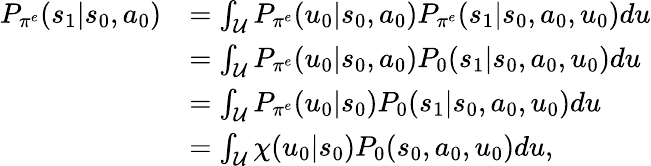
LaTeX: \begin{array}{rl}{P_{\pi^{e}}(s_{1}|s_{0},a_{0})}&{=\int_{\mathcal{U}}P_{\pi^{e}}(u_{0}|s_{0},a_{0})P_{\pi^{e}}(s_{1}|s_{0},a_{0},u_{0})du}\\ &{=\int_{\mathcal{U}}P_{\pi^{e}}(u_{0}|s_{0},a_{0})P_{0}(s_{1}|s_{0},a_{0},u_{0})du}\\ &{=\int_{\mathcal{U}}P_{\pi^{e}}(u_{0}|s_{0})P_{0}(s_{1}|s_{0},a_{0},u_{0})du}\\ &{=\int_{\mathcal{U}}\chi(u_{0}|s_{0})P_{0}(s_{0},a_{0},u_{0})du,}\end{array}